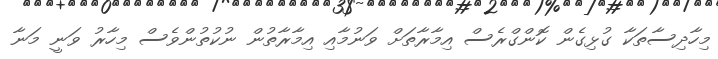
މިހާދިސާތަކާ ގުޅިގެން ކޮންގްރެސް އިމާރާތަށް ވަނުމާއި އިމާރާތުން ނުކުތުންވެސް މިހާރު ވަނީ މަނާ